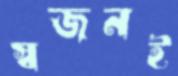
স্বজনই